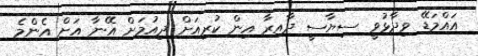
އައްމަޑޭ ވިދާޅުވީ ސިޔާސީ ދާއިރާ އިން ކުރިއަށް ދިއުމަށް އޭނާ އަށް އެންމެ